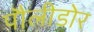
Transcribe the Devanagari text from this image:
पौलीडोर